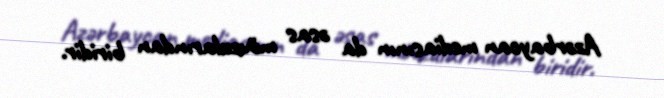
Azərbaycan mediasının da əsas mövzularından biridir.